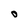
Character: o